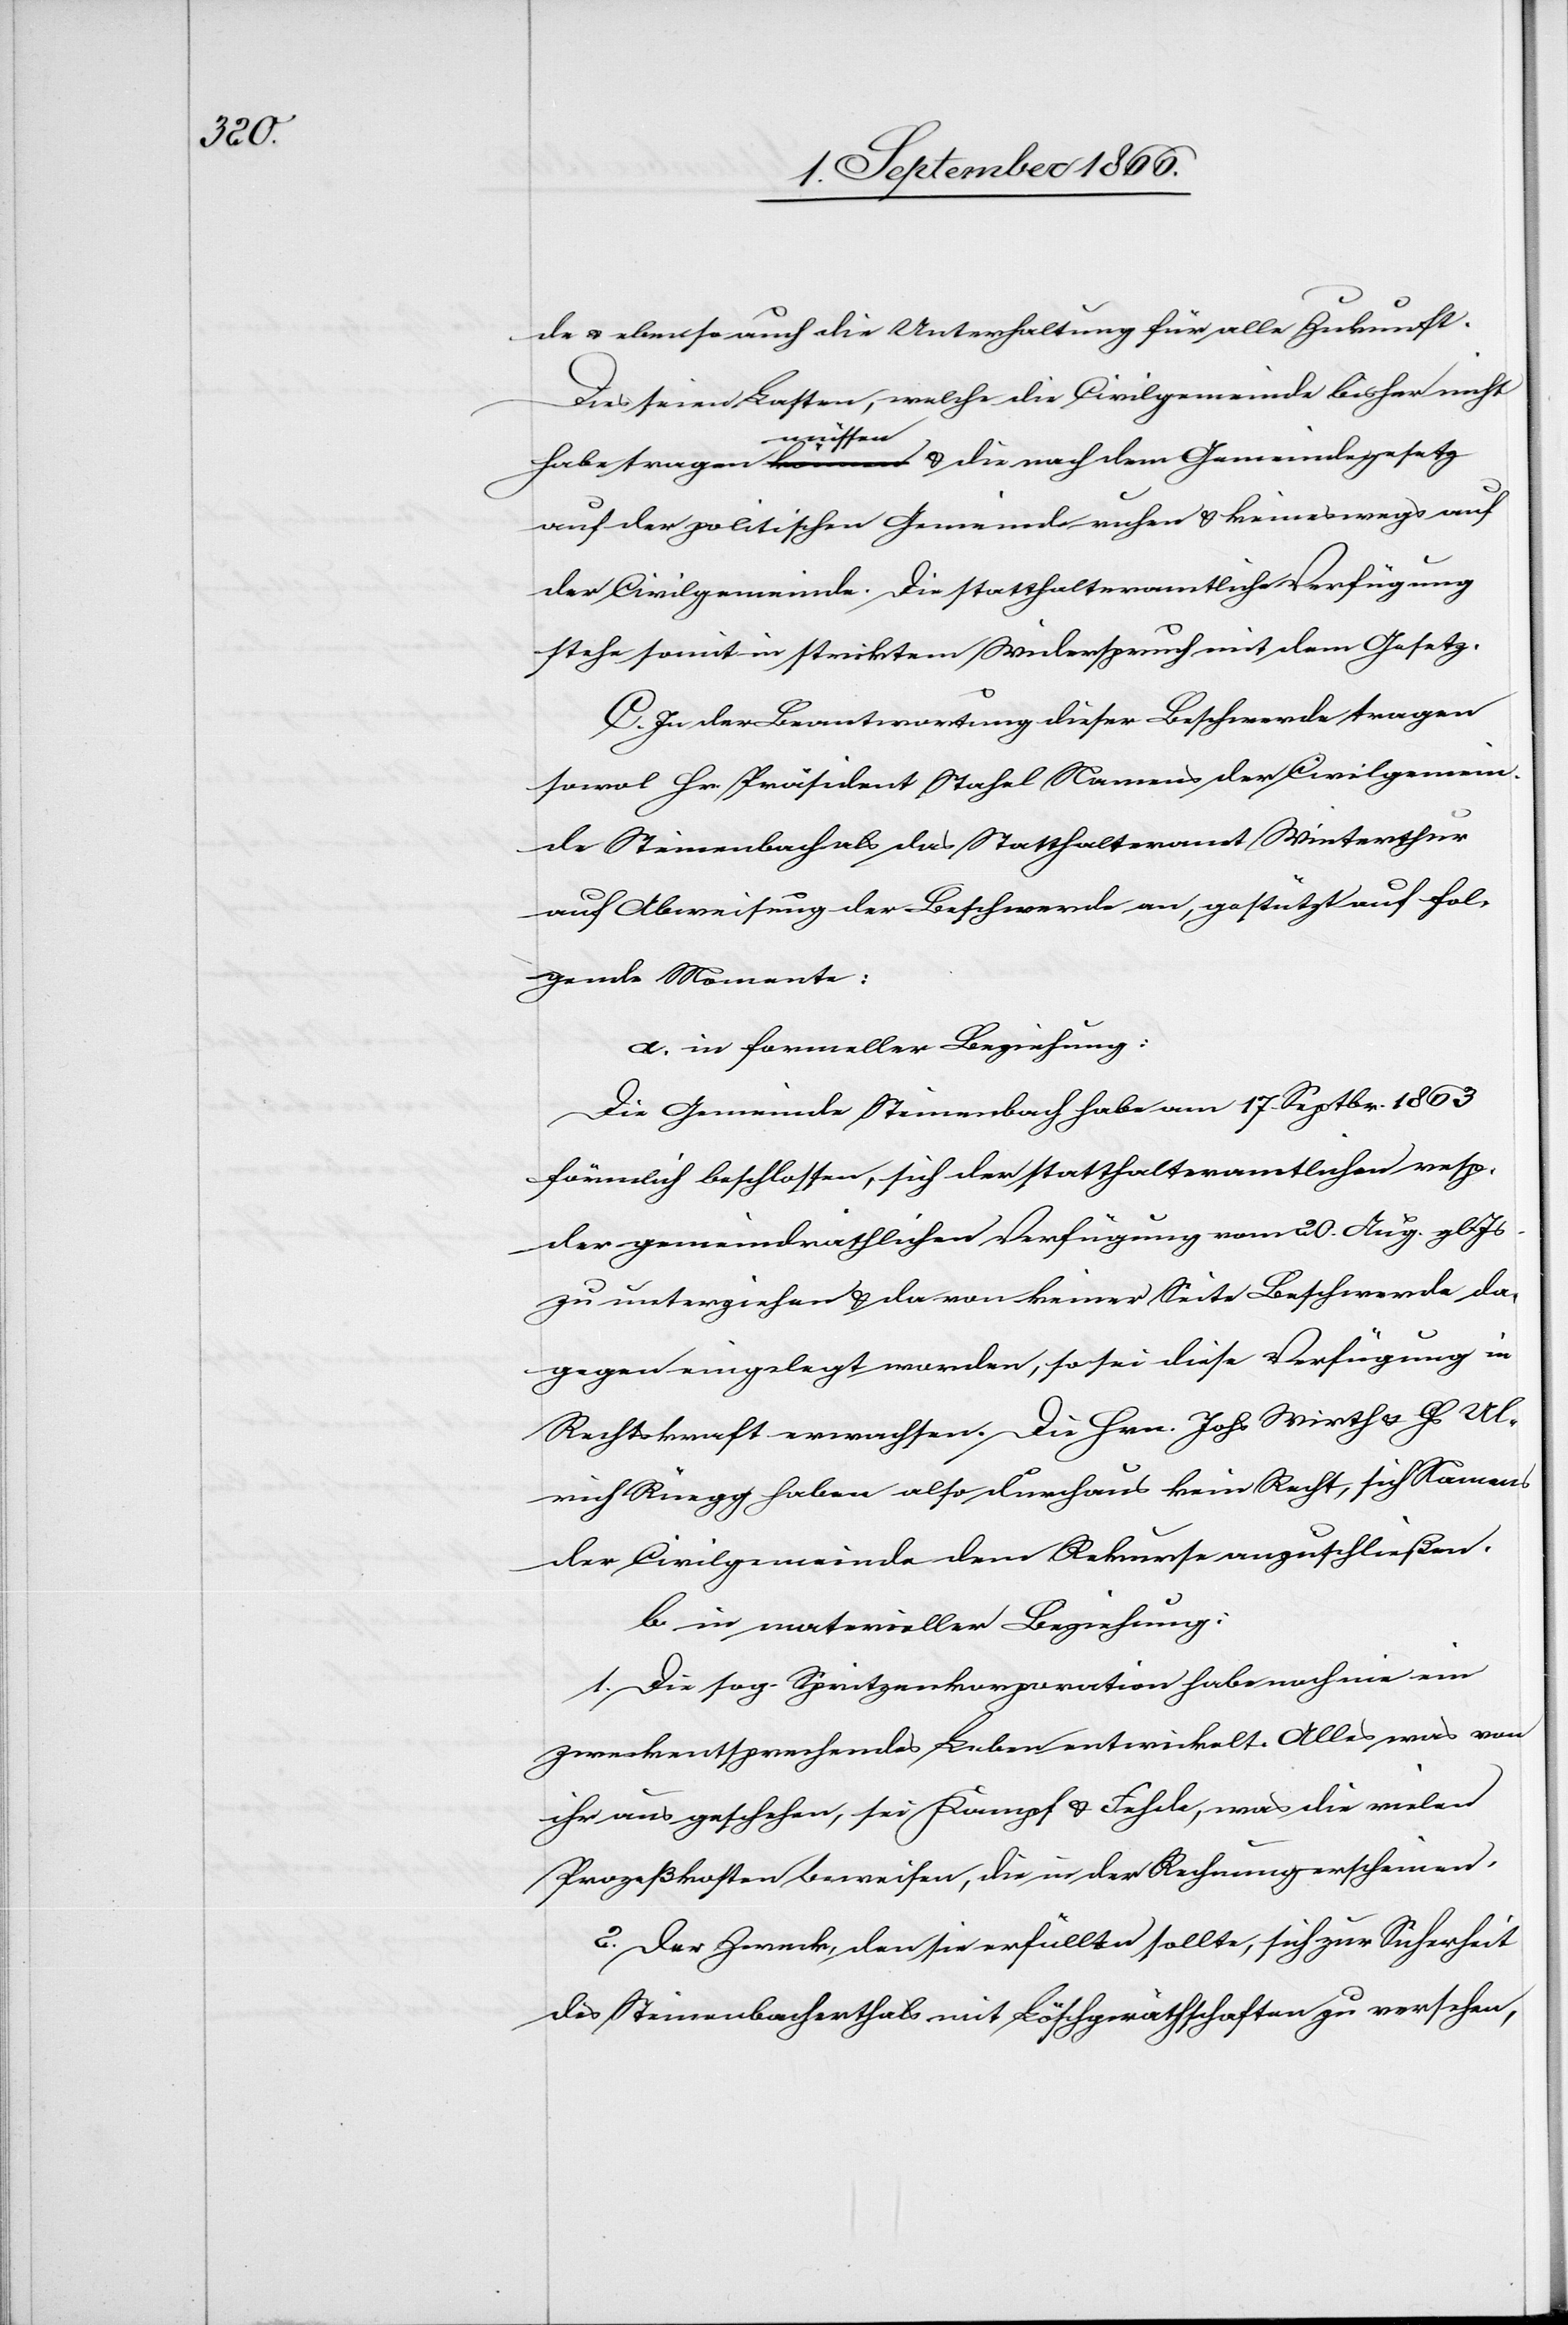
de u. ebenso auch die Unterhaltung für alle Zukunft.
Dies seien Lasten, welche die Civilgemeinde bisher nicht
habe tragen können a-müssen-a u. die nach dem Gemeindegesetz
auf der politischen Gemeinde ruhen u. keineswegs auf
der Civilgemeinde. Die statthalteramtliche Verfügung
stehe somit in striktem Widerspruch mit dem Gesetz.
C. In der Beantwortung dieser Beschwerde tragen
sowol Hr. Präsident Stahel Namens der Civilgemein¬
de Steinenbach als das Statthalteramt Winterthur
auf Abweisung der Beschwerde an, gestützt auf fol¬
gende Momente:
a. in formeller Beziehung:
Die Gemeinde Steinenbach habe am 17. Septbr. 1863
förmlich beschlossen, sich der statthalteramtlichen resp.
der gemeindräthlichen Verfügung vom 20. Aug. gl. Js.
zu unterziehen u. da von keiner Seite Beschwerde da¬
gegen eingelegt worden, so sei diese Verfügung in
Rechtskraft erwachsen. Die Hrn. Jhs. Wirth u. Hs. Ul¬
rich Rüegg haben also durchaus kein Recht, sich Namens
der Civilgemeinde dem Rekurs anzuschließen.
b. in materieller Beziehung:
1. Die sog. Spritzenkorporation habe noch nie ein
zweckentsprechendes Leben entwickelt. Alles was von
ihr aus geschehen, sei Kampf u. Fehde, was die vielen
Prozeßkosten beweisen, die in der Rechnung erscheinen.
2. Der Zweck, den sie erfüllen sollte, sich zur Sicherheit
des Steinenbachthals mit Löschgeräthschaften zu versehen,